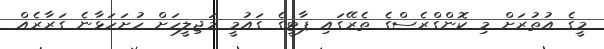
މީގެ އުތުރަށް މި ކޮންގްރެސްގެ ތެރޭގައި ޕާޓީގެ ގައުމީ މަޖިލީހަށް ހުށަހަޅާނެ ގަރާރެއް